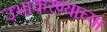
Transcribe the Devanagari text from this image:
उभाकरण्याच्या